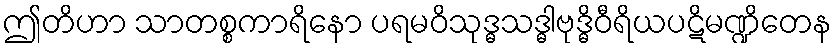
ဤတိဟာ သာတစ္စကာရိနော ပရမဝိသုဒ္ဓသဒ္ဓါဗုဒ္ဓိဝီရိယပဋိမဏ္ဍိတေန